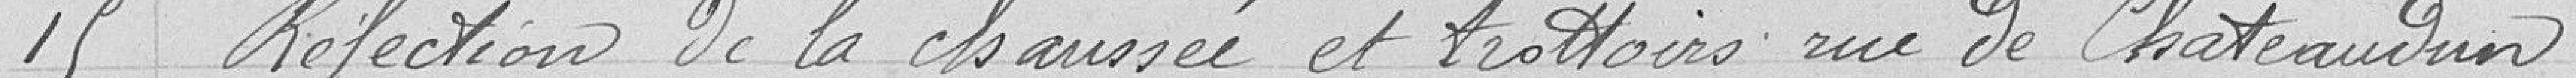
15 Réfection de la chaussée et trottoirs rue de Chateaudun